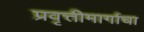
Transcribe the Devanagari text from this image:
प्रवृत्तीमार्गाचा